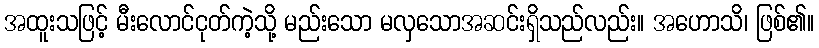
အထူးသဖြင့် မီးလောင်ငုတ်ကဲ့သို့ မည်းသော မလှသောအဆင်းရှိသည်လည်း။ အဟောသိ၊ ဖြစ်၏။